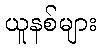
ယူနစ်များ